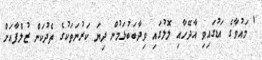
' މައުވާގެ އަޑުގައިވި އާދޭހާއި ލޮލުގައި ވިދާބަބުޅަމުން ދިޔަ ކަރުނަތަކުގެ ތެދުކަން ޒުލްފާއަށް